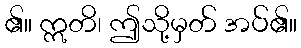
၏။ ဣတိ၊ ဤသို့မှတ် အပ်၏။